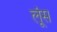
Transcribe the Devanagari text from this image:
लूंस